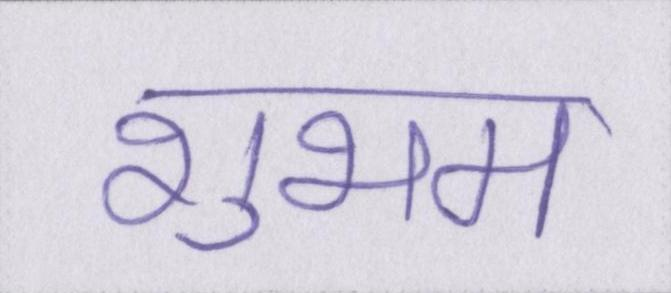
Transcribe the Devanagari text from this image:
शुभम